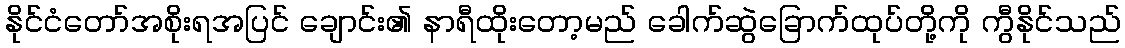
နိုင်ငံတော်အစိုးရအပြင် ချောင်း၏ နာရီထိုးတော့မည် ခေါက်ဆွဲခြောက်ထုပ်တို့ကို ကွီနိုင်သည်